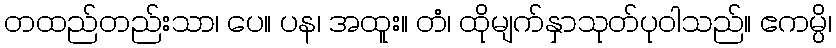
တထည်တည်းသာ၊ ပေ။ ပန၊ အထူး။ တံ၊ ထိုမျက်နှာသုတ်ပုဝါသည်။ ဧကမ္ပိ၊